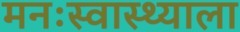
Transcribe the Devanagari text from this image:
मनःस्वास्थ्याला